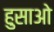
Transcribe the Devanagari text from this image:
हुसाओ